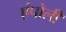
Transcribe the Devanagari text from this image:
एंपोली